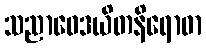
သညာဝေဒယိတနိရောဓာ